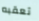
تعقبه